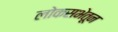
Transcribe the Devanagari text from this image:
लोकसभेतून